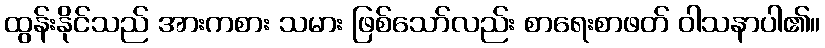
ထွန်းနိုင်သည် အားကစား သမား ဖြစ်သော်လည်း စာရေးစာဖတ် ဝါသနာပါ၏။